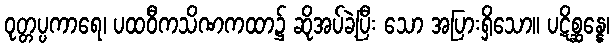
ဝုတ္တပ္ပကာရေ၊ ပထဝီကသိဏကထာ၌ ဆိုအပ်ခဲ့ပြီး သော အပြားရှိသော။ ပဋိစ္ဆန္နေ၊